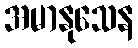
အမာနုသေန